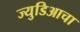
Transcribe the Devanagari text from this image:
ज्युडिआचा